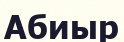
Абиыр